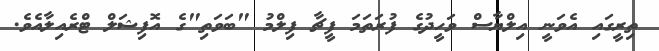
ތިރީގައި އެވަނީ އިލްޔާސް ވަހީދުގެ ފުރަތަމަ ފީޗާ ފިލްމު "ބަވަތި"ގެ އޮފިޝަލް ޓްރެއިލާއެވެ.